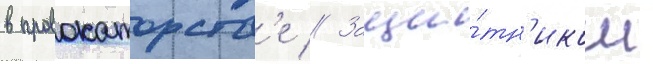
в провокаторств'е // Защи́тн'иком